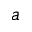
a